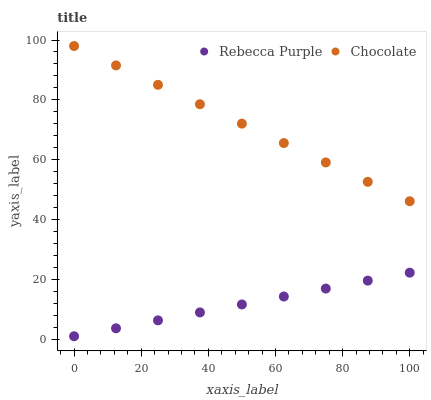
| xaxis_label | Rebecca Purple | Chocolate |
 | --- | --- | --- |
 | 0 | 1 | 98 |
 | 12.5 | 3.66 | 91.5 |
 | 25 | 6.31 | 85 |
 | 37.5 | 8.97 | 78.5 |
 | 50 | 11.6 | 72.1 |
 | 62.5 | 14.3 | 65.6 |
 | 75 | 16.9 | 59.1 |
 | 87.5 | 19.6 | 52.6 |
 | 100 | 22.2 | 46.1 |